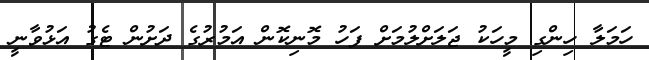
ހަމަލާ ހިންގި މީހަކު ޖަލަށްލުމަށް ފަހު މޮނިކޮން އަމުރުގެ ދަށުން ޓެގު އަޅުވާނީ